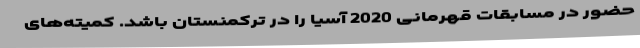
حضور در مسابقات قهرمانی 2020 آسیا را در ترکمنستان باشد. کمیته‌های